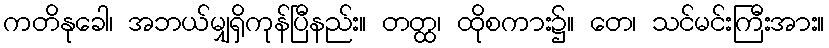
ကတိနုခေါ၊ အဘယ်မျှရှိကုန်ပြီနည်း။ တတ္ထ၊ ထိုစကား၌။ တေ၊ သင်မင်းကြီးအား။